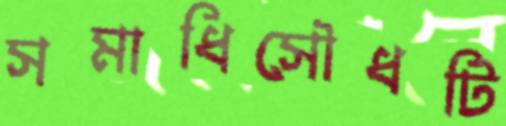
সমাধিসৌধটি